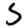
Digit: 5